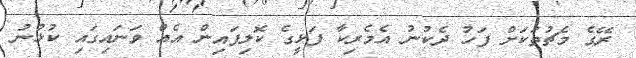
ރޭގެ މެޗުތަކަށް ފަހު ދެކުނު އެމެރިކާ ފަޅީގެ ކޮލިފައިން އެއް ވަނައިގައި ކުޅުނު